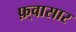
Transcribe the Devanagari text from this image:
फ़्वासार